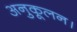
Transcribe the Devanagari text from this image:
अनुकूलन।